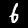
Digit: 6